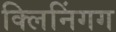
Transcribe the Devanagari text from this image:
क्लिनिंगग